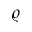
\varrho